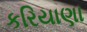
કરિયાણા